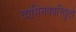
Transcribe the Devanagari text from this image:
त्यभिनवपरितुष्टो